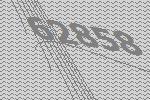
62858